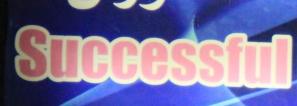
succesful